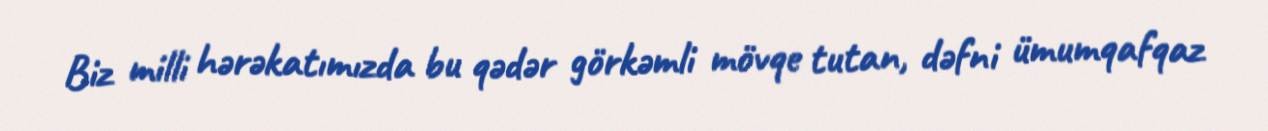
Biz milli hərəkatımızda bu qədər görkəmli mövqe tutan, dəfni ümumqafqaz